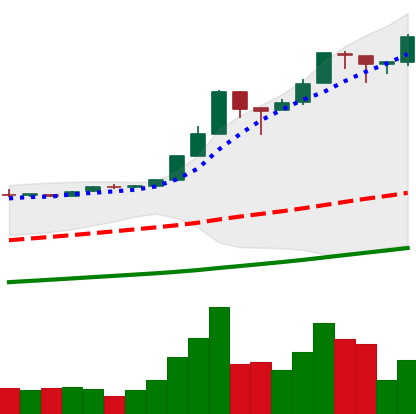
Ticker: BTC-USD
Chart end date: 2017-01-01
Forward return: -9.628%
Label: down_7plus